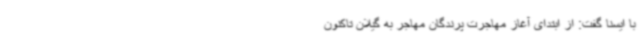
با ایسنا گفت: از ابتدای آغاز مهاجرت پرندگان مهاجر به گیلان تاکنون